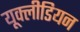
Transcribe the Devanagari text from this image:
यूक्लीडियन